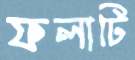
ফলাটি